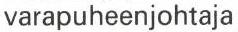
varapuheenjohtaja